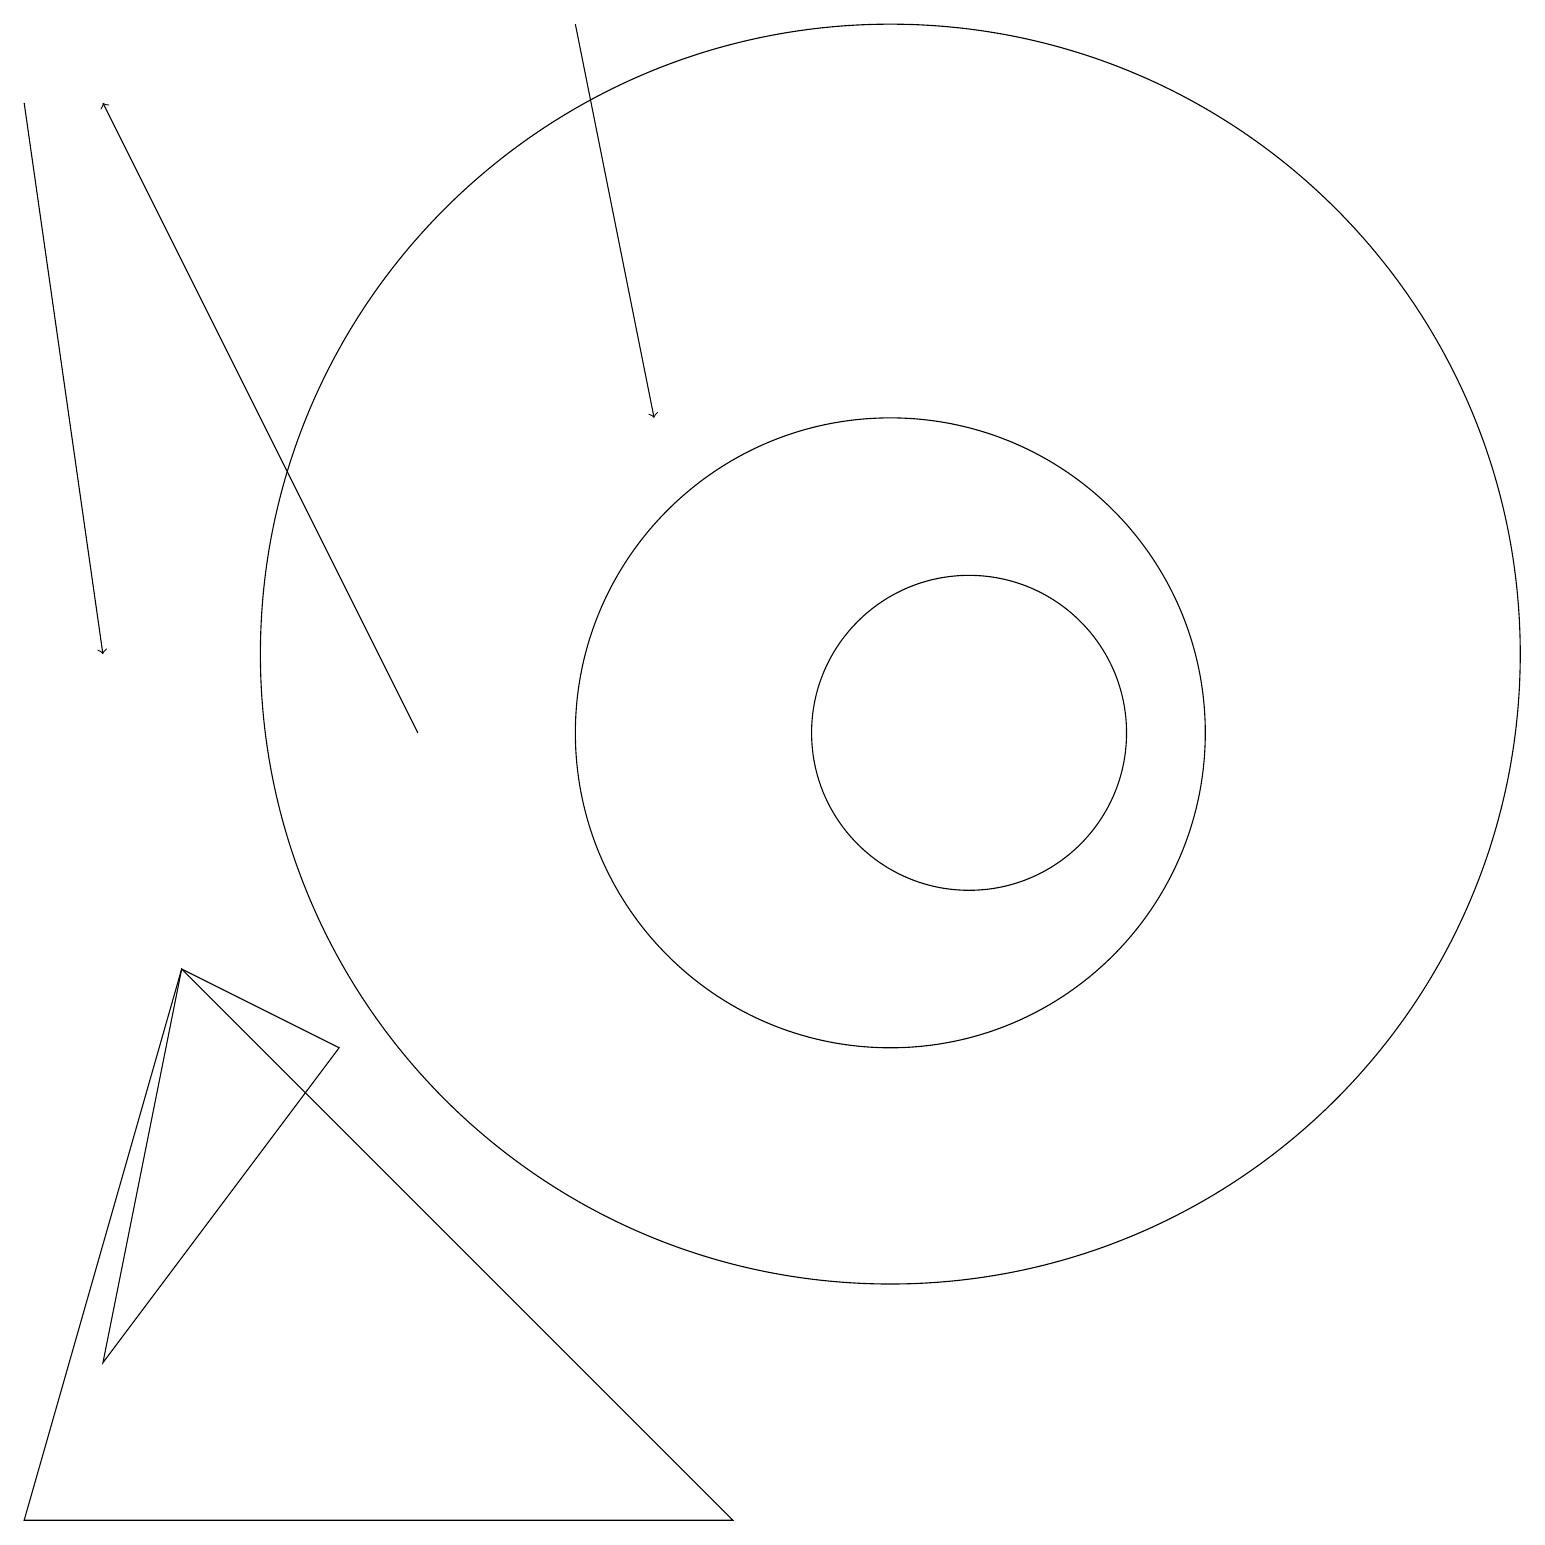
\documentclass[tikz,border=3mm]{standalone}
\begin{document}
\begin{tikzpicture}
\draw (11,11) circle (8);
\draw (12,10) circle (2);
\draw (2,7) -- (9,0) -- (0,0) -- cycle;
\draw[->] (0,18) -- (1,11);
\draw (11,10) circle (4);
\draw[->] (7,19) -- (8,14);
\draw[->] (5,10) -- (1,18);
\draw (4,6) -- (1,2) -- (2,7) -- cycle;
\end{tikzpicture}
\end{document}